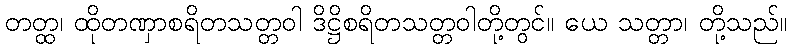
တတ္ထ၊ ထိုတဏှာစရိတသတ္တဝါ ဒိဋ္ဌိစရိတသတ္တဝါတို့တွင်။ ယေ သတ္တာ၊ တို့သည်။